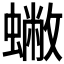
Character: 𧒀